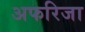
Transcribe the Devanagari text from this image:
अफरिजा